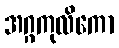
အဂ္ဂကုလိကော